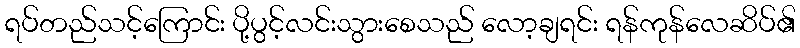
ရပ်တည်သင့်ကြောင်း ပို့ပွင့်လင်းသွားစေသည် လော့ချရင်း ရန်ကုန်လေဆိပ်၏